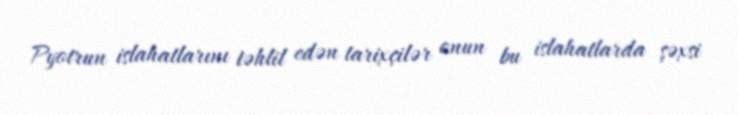
Pyotrun islahatlarını təhlil edən tarixçilər onun bu islahatlarda şəxsi